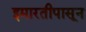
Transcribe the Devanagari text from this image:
इमारतीपासून